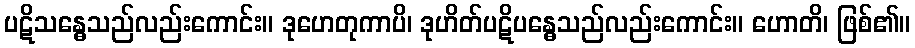
ပဋိသန္ဓေသည်လည်းကောင်း။ ဒုဟေတုကာပိ၊ ဒုဟိတ်ပဋိပန္ဓေသည်လည်းကောင်း။ ဟောတိ၊ ဖြစ်၏။